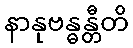
နာနုဗန္ဓန္တီတိ